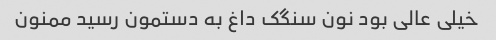
خیلی عالی بود نون سنگک داغ به دستمون رسید ممنون